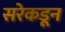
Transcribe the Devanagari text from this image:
सरेकडून